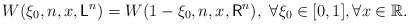
\begin{align*}W(\xi_0,n,x,\mathsf{L}^n)=W(1-\xi_0,n,x,\mathsf{R}^n), ~\forall \xi_0\in [0,1], \forall x\in\mathbb{R}.\end{align*}